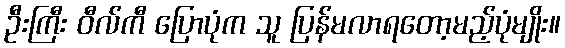
ဦးကြီး ဝီလ်ကီ ပြောပုံက သူ ပြန်မလာရတော့မည့်ပုံမျိုး။